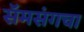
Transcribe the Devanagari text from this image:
सॅमसंगचा